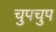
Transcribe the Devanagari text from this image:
चुपचुप